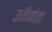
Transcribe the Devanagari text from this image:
उत्तीर्णता